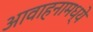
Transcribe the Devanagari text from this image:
आवाहनामध्ये